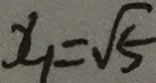
x _ { 1 } = \sqrt { 5 }